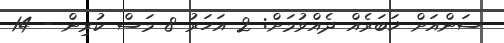
ސަންއަށް ޚަބަރެއް ދެއްވުމަށް: 2 އަހަރު 8 މަސް ކުރިން - 14